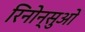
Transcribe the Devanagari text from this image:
रिनोन्सुओ